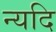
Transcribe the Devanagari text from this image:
न्यदि